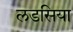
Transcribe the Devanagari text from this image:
लडसिया